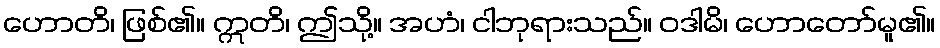
ဟောတိ၊ ဖြစ်၏။ ဣတိ၊ ဤသို့။ အဟံ၊ ငါဘုရားသည်။ ဝဒါမိ၊ ဟောတော်မူ၏။